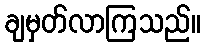
ချမှတ်လာကြသည်။